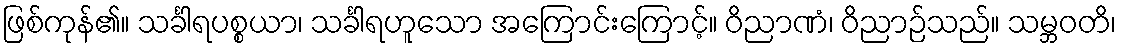
ဖြစ်ကုန်၏။ သင်္ခါရပစ္စယာ၊ သင်္ခါရဟူသော အကြောင်းကြောင့်။ ဝိညာဏံ၊ ဝိညာဉ်သည်။ သမ္ဘဝတိ၊